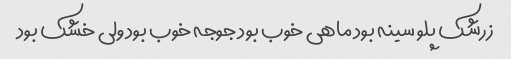
زرشک پلو سینه بود ماهی خوب بود جوجه خوب بود ولی خشک بود